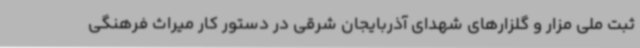
ثبت ملی مزار و گلزارهای شهدای آذربایجان شرقی در دستور کار میراث فرهنگی